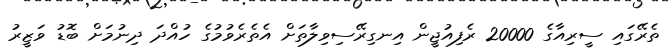
ތެރޭގައި ސީރިއާގެ 20000 ރެފިއުޖީން އިނގިރޭސިވިލާތަށް އެތެރެވުމުގެ ހުއްދަ ދިނުމަށް ބޮޑު ވަޒީރު